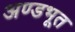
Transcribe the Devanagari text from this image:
अण्डभूत